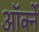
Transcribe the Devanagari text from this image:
ऑर्क्ने